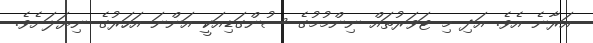
އަރާނެ އެވެ. އަދި މި ޓަވަރުތައް ނިންމުމުގެ ސުންގަޑިއަކީ އަންނަ އަހަރުގެ ނިޔަލަށެވެ.